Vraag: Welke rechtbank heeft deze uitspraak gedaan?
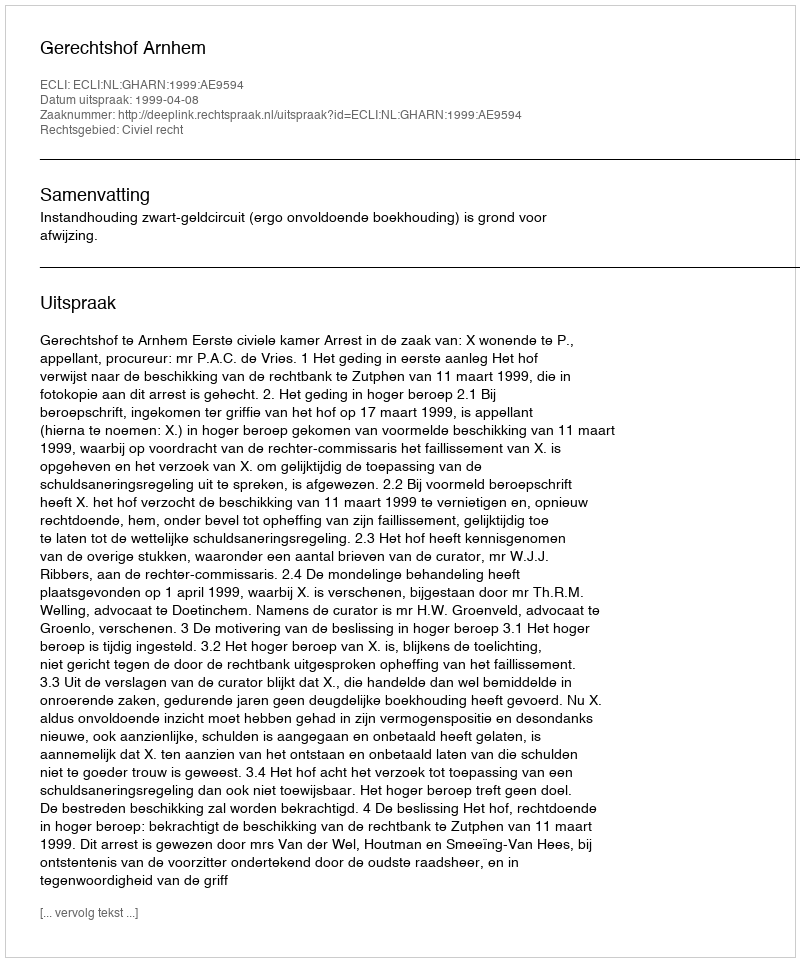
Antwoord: Gerechtshof Arnhem